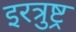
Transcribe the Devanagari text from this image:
इरत्रुष्ट्र